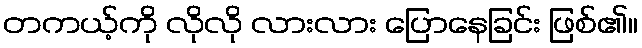
တကယ့်ကို လိုလို လားလား ပြောနေခြင်း ဖြစ်၏။